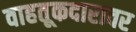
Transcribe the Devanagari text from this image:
वाहतूकदारावर